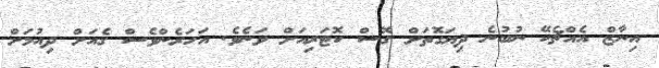
އިނާޒް އެއްޗެކޭ ނުބުނެ ދިޔަގޮތަށް ގޮސް ކޮޓަރިއަށް ވަނެވެ. އަހަރެންވެސް ގެއަށް ދިއުމަށް